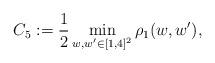
LaTeX: \begin{align*} C_5 : = \frac 1 2 \min_{w, w^\prime \in [1,4]^2} \rho_1 (w, w^\prime) , \end{align*}